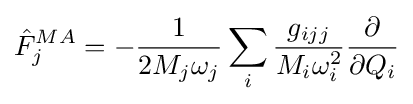
{\hat {F}}_{j}^{MA}=-{\frac {1}{2M_{j}\omega _{j}}}\sum _{i}{\frac {g_{ijj}}{M_{i}\omega _{i}^{2}}}{\frac {\partial }{\partial Q_{i}}}